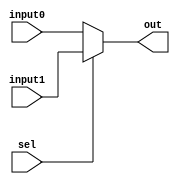
`timescale 1ns / 1ps
//////////////////////////////////////////////////////////////////////////////////
// Company: 
// Engineer: 
// 
// Design Name: 
// Module Name: MUX
// Project Name: 
// Target Devices: 
// Tool Versions: 
// Description: 
// 
// Dependencies: 
// 
// Revision:
// Revision 0.01 - File Created
// Additional Comments:
// 
//////////////////////////////////////////////////////////////////////////////////


module MUX(
        input [31:0] input1,
        input [31:0] input0,
        input sel,
        output [31:0] out
    );
    
    assign out = (sel ? input1 : input0);
endmodule